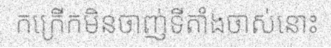
កក្រើកមិនចាញ់ទីតាំងចាស់នោះ